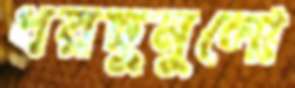
ধরছুনুলো